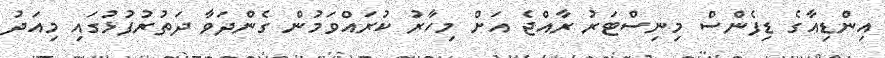
އިންޑިއާގެ ޑިފެންސް މިނިސްޓަރު ރާއްޖެ އަށް މިހާރު ކުރައްވަމުން ގެންދަވާ ދަތުރުފުޅުގައި މިއަދު